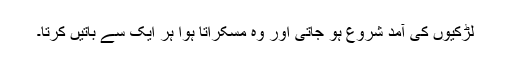
لڑکیوں کی آمد شروع ہو جاتی اور وہ مسکراتا ہوا ہر ایک سے باتیں کرتا۔